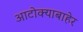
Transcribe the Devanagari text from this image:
आटोक्याबाहेर